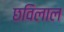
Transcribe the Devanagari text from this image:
छविलाल